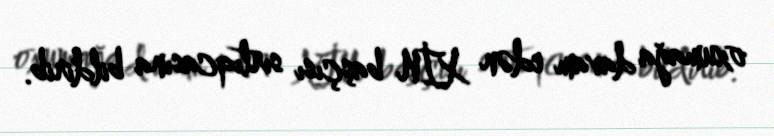
oxumağa davam edən XİN başçısı sırtıqcasına bildirib.